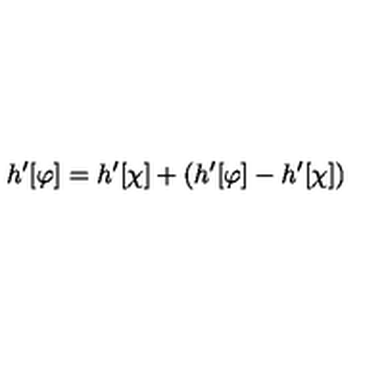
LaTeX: h ^ { \prime } [ \varphi ] = h ^ { \prime } [ \chi ] + \left( h ^ { \prime } [ \varphi ] - h ^ { \prime } [ \chi ] \right)